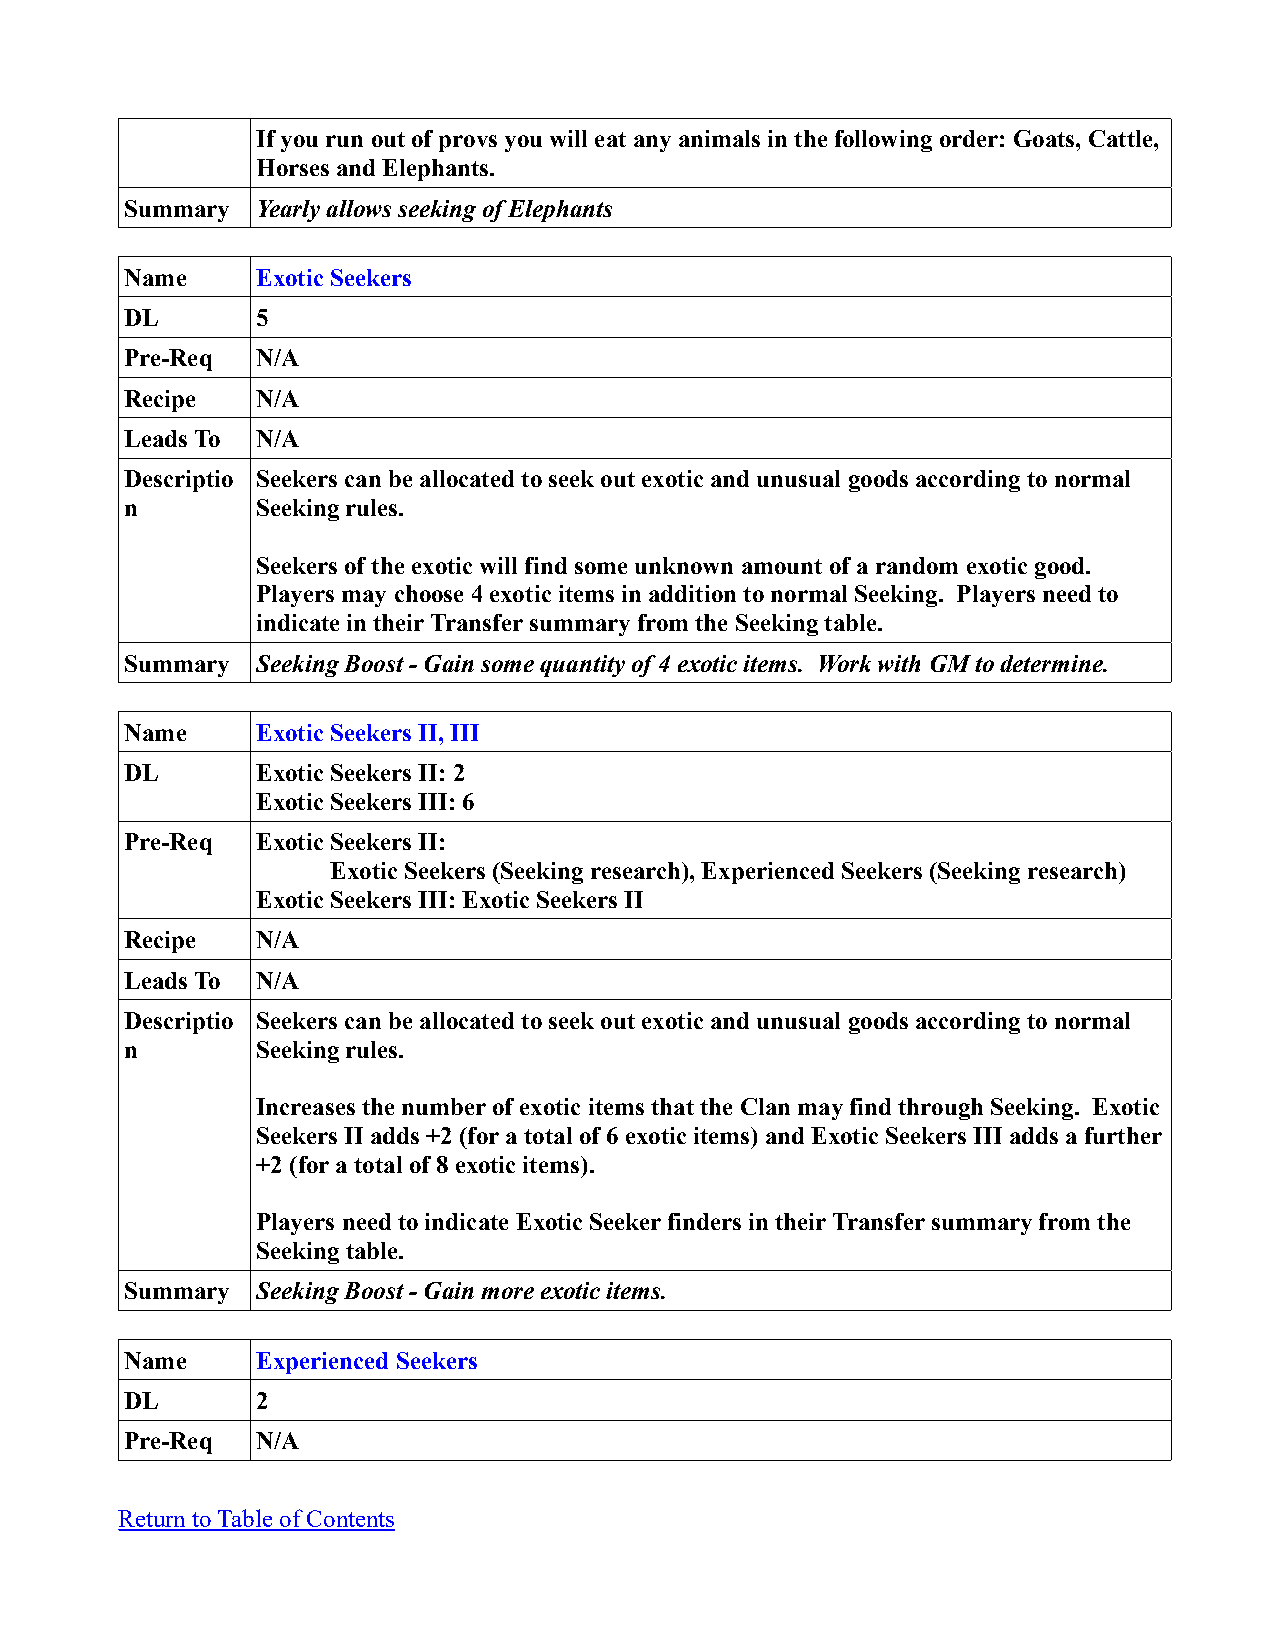
If you run out of provs you will eat any animals in the following order: Goats, Cattle,
 Horses and Elephants.
 Summary  Yearly allows seeking of Elephants
 Name     Exotic Seekers
 DL       5
 Pre-Req  N/A
 Recipe   N/A
 Leads To N/A
 Descriptio Seekers can be allocated to seek out exotic and unusual goods according to normal
 n        Seeking rules.
 Seekers of the exotic will find some unknown amount of a random exotic good.
 Players may choose 4 exotic items in addition to normal Seeking. Players need to
 indicate in their Transfer summary from the Seeking table.
 Summary  Seeking Boost - Gain some quantity of 4 exotic items. Work with GM to determine.
 Name     Exotic Seekers II, III
 DL       Exotic Seekers II: 2
 Exotic Seekers III: 6
 Pre-Req  Exotic Seekers II:
 Exotic Seekers (Seeking research), Experienced Seekers (Seeking research)
 Exotic Seekers III: Exotic Seekers II
 Recipe   N/A
 Leads To N/A
 Descriptio Seekers can be allocated to seek out exotic and unusual goods according to normal
 n        Seeking rules.
 Increases the number of exotic items that the Clan may find through Seeking. Exotic
 Seekers II adds +2 (for a total of 6 exotic items) and Exotic Seekers III adds a further
 +2 (for a total of 8 exotic items).
 Players need to indicate Exotic Seeker finders in their Transfer summary from the
 Seeking table.
 Summary  Seeking Boost - Gain more exotic items.
 Name     Experienced Seekers
 DL       2
 Pre-Req  N/A
 Return to Table of Contents